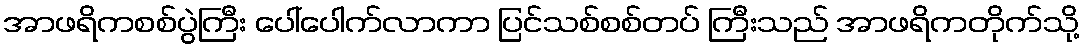
အာဖရိကစစ်ပွဲကြီး ပေါ်ပေါက်လာကာ ပြင်သစ်စစ်တပ် ကြီးသည် အာဖရိကတိုက်သို့